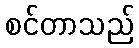
စင်တာသည်